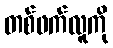
တစ်ဖက်လူကို